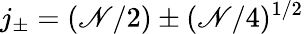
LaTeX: j_{\pm}=(\mathscr{N}/2)\pm(\mathscr{N}/4)^{1/2}